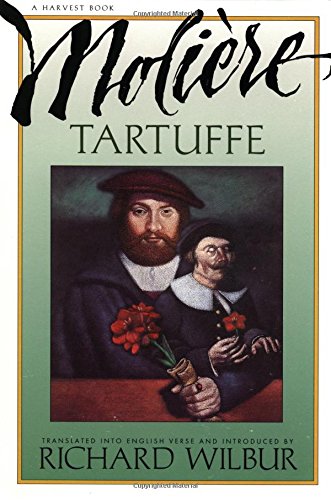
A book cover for Tartuffe, by Moliere; Jean Baptiste Poquelin de Moliere; Literature & Fiction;